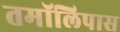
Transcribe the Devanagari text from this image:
तमॉलिपास